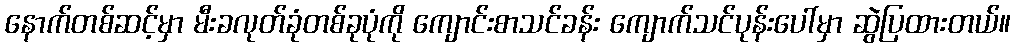
နောက်တစ်ဆင့်မှာ မီးခလုတ်ခုံတစ်ခုပုံကို ကျောင်းစာသင်ခန်း ကျောက်သင်ပုန်းပေါ်မှာ ဆွဲပြထားတယ်။